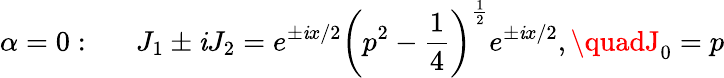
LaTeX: \alpha=0:\quad\, \, \, J_{1}\pm\mathit{i}J_{2}=e^{\pm\mathit{i}x/2}\left(p^{2}-\frac{1}{4}\right)^{\frac{1}{2}}e^{\pm\mathit{i}x/2},\quadJ_{0}=p